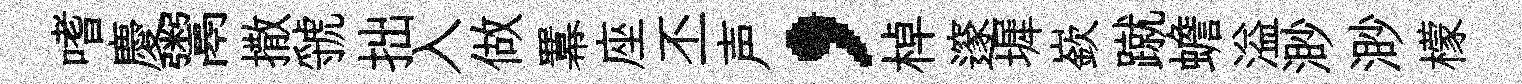
嗜慶鬻撒虢拙入做羃座丕声，棹邃墀嶔蹴蟾溢渺渺檬